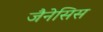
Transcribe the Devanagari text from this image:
जैनेसिस